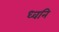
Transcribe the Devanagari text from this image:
ध्‍वनि